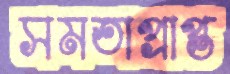
সমতাপ্রাপ্ত